Lunatic asylums Burma 1907-21 - 1907-1921
Year: 1907
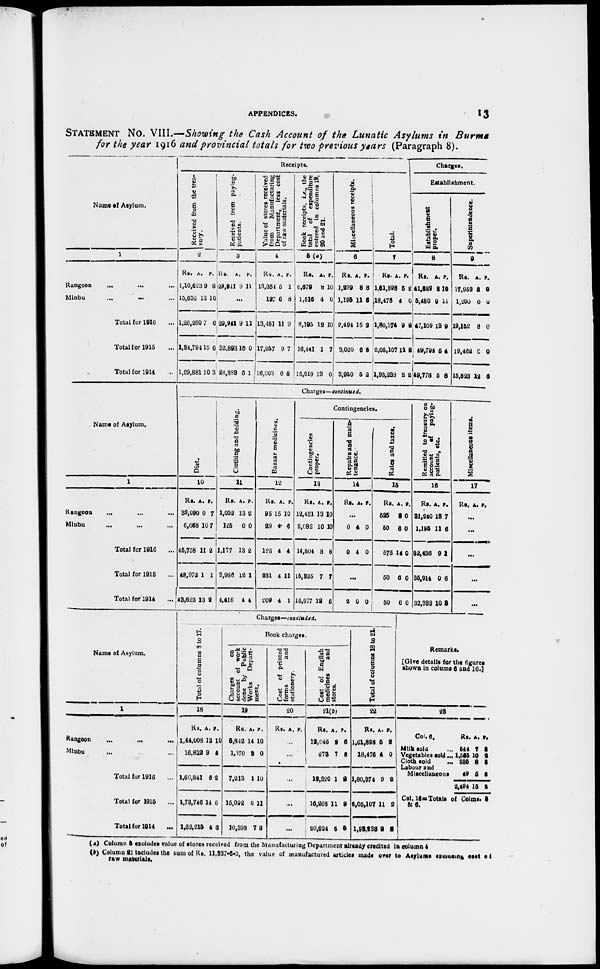
APPENDICES.
13
STATEMENT NO. VIII.—Showing the Cash Account of the Lunatic Asylums in Burma
for the year 1916 and provincial totals for two previous years (Paragraph 8).
Name of Asylum.
1
Rangoon
... ... ...
Minbu ... ... ...
Total for 1916 ...
Total for 1915 ...
Total for 1914 ...
Receipts.
Received from the trea-
sury.
2
Rs.
1,10,623
15,636
1,26,260
1,84,794
1,29,881
A.
9
13
7
15
10
P.
8
10
6
6
3
Received from paying-
patients.
3
Rs.
29,911
A.
9
P.
11
...
29,941
32,893
28,383
9
10
5
11
0
1
Value of stores received
from
Manufacturing
Department, less cost
of raw materials.
4
Rs.
13,354
127
13,481
17,957
16,003
A.
5
6
11
9
0
P.
1
8
9
7
8
Book receipts, i.e., the
total
of expenditure
entered in columns 19,
20 and 21.
5(a)
Rs.
6,079
1,516
8,195
16,441
15,019
A.
8
4
12
1
13
P.
10
0
10
7
0
Miscellaneous receipts.
6
Rs.
1,299
1,195
2,494
3,020
3,950
A.
8
11
15
6
5
P.
8
6
2
5
2
Total.
7
Rs.
1,61,898
18,476
1,80,374
2,05,107
1,93,238
A.
5
4
9
11
2
P.
2
0
2
2
2
Charges.
Establishment.
Establishment
proper.
8
Rs.
41,522
5,480
47,109
49,794
49,778
A.
8
9
13
5
5
P.
10
11
9
4
8
Superintendence.
9
Rs.
17,952
1,200
19,152
19,462
15,828
A.
8
0
8
0
12
P.
0
0
0
0
6
Name of Asylum.
1
Rangoon
... ... ...
Minbu ... ... ...
Total for 1916 ...
Total for 1915 ...
Total for 1914 ...
Charges—continued.
Diet.
10
Rs.
39,090
6,668
45,758
48,972
43,623
A.
0
10
11
1
13
P.
7
7
2
1
2
Clothing and bedding.
11
Rs.
1,052
125
1,177
3,986
4,416
A.
13
0
13
12
4
P.
2
0
2
1
4
Bazaar medicines.
12
Rs.
95
29
125
231
209
A.
15
4
4
4
4
P.
10
6
4
11
1
Contingencies.
Contingencies
proper.
13
Rs.
12,421
2,082
14,504
15,835
15,977
A.
13
10
8
7
12
P.
10
10
8
7
6
Repairs and main-
tenance.
14
Rs. A. P.
...
0
0
4
4
0
0
...
2 0 0
Rates and taxes.
15
Rs.
525
50
575
50
50
A.
8
6
14
6
6
P.
0
0
0
0
0
Remitted to treasury on
account of
paying-
patients, etc.
16
Rs.
31,240
1,195
32,436
35,914
32,333
A.
13
11
9
0
10
P.
7
6
1
6
8
Miscellaneous items.
17
Rs. A. P.
...
...
...
...
...
Name of Asylum.
1
Rangoon
...
...
...
Minbu
... ...
Total for 1916 ...
Total for 1915 ...
Total for 1914
...
Charges—concluded.
Total of columns 8 to 17.
18
Rs.
1,44,008
16,832
1,60,841
1,73,746
1,62,215
A.
12
9
6
14
4
P.
10
4
2
6
6
Book charges.
Charges
on
account of work
done by Public
Works
Depart-
ment.
19
Rs.
5,842
1,370
7,213
15,092
10,398
A.
14
3
1
0
7
P.
10
0
10
11
3
Cost of printed
forms
and
stationery.
20
Rs. A. P.
...
...
...
...
...
Cost of English
medicines
and
stores.
21(b)
Rs.
12,046
273
12,320
16,268
20,624
A.
9
7
1
11
6
P.
6
3
2
9
5
Total of columns 18 to 21.
22
Rs.
1,61,898
18,476
1,80,374
2,05,107
1,93,238
A.
5
4
9
11
2
P.
2
0
2
2
2
Remarks.
[Give details for the figures
shown in colums 6 and 16.]
23
Col. 6.
Milk sold ...
Vegetables sold ...
Cloth sold ...
Labour and
Miscellaneous
Rs.
544
1,565
335
49
2,494
A.
7
10
8
5
15
P.
6
2 3
6
2
Col. 16—Totals of Colms. 5
& 6.
( a) Column 5 excludes value of stores received from the Manufacturing Department already credited in column 4
(b) Column 21 includes the sum of Rs. 11,337-6-3, the value of manufactured articles made over to Asylums excluding cost of
raw materials.